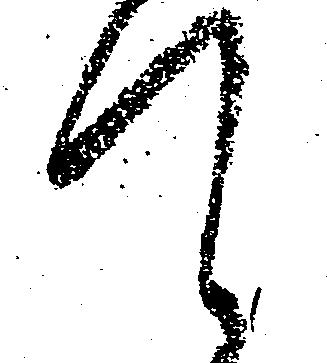
て